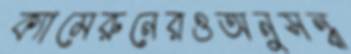
ক্যামেরুনেরওঅনুসন্ধ